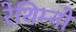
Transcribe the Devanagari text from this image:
रेथिम्नो